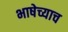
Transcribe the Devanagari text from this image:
भाषेच्याच